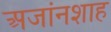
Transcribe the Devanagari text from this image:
अजांनशाह